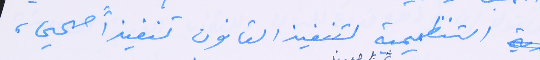
التنظيمية لتنفيذ القانون تنفيذاً صحيحا،